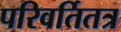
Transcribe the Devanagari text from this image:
परिवर्तितत्र